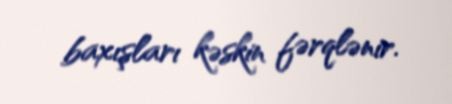
baxışları kəskin fərqlənir.